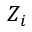
Z _ { i }